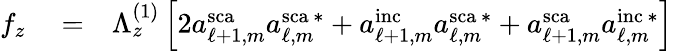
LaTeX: \begin{array}{rlr}{f_{z}}&{{}=}&{\Lambda_{z}^{(1)}\left[2a_{\ell+1,m}^{\mathrm{sca}}a_{\ell,m}^{\mathrm{sca}\, *}+a_{\ell+1,m}^{\mathrm{inc}}a_{\ell,m}^{\mathrm{sca}\, *}+a_{\ell+1,m}^{\mathrm{sca}}a_{\ell,m}^{\mathrm{inc}\, *}\right]}\end{array}